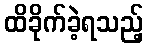
ထိခိုက်ခဲ့ရသည့်